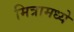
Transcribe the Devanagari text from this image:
मित्रामध्ये